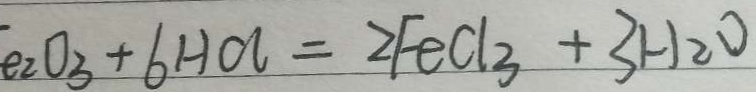
e _ { 2 } O _ { 3 } + 6 H C l = 2 F e C l _ { 3 } + 3 H _ { 2 } O